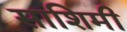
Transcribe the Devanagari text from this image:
साशिमी